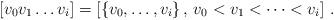
LaTeX: \begin{align*} [v_0v_1\dots v_i]=[\{v_0,\dots,v_i\}\, ,\,v_0<v_1<\dots<v_i]\ . \end{align*}